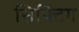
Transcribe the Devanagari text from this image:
सिफ्टिंग